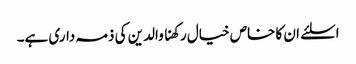
اسلئے ان کا خاص خیال رکھنا والدین کی ذمہ داری ہے۔